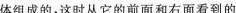
体组成的，这时从它的前面和右面看到的